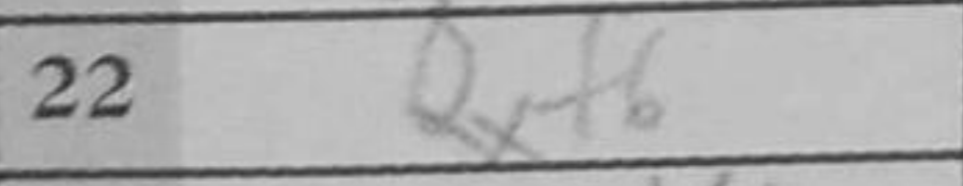
Transcription: Qxf6